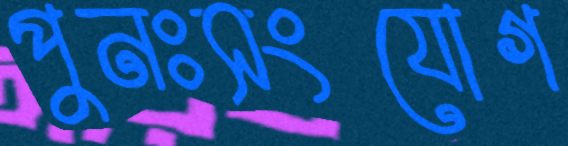
পুনঃসংযোগ